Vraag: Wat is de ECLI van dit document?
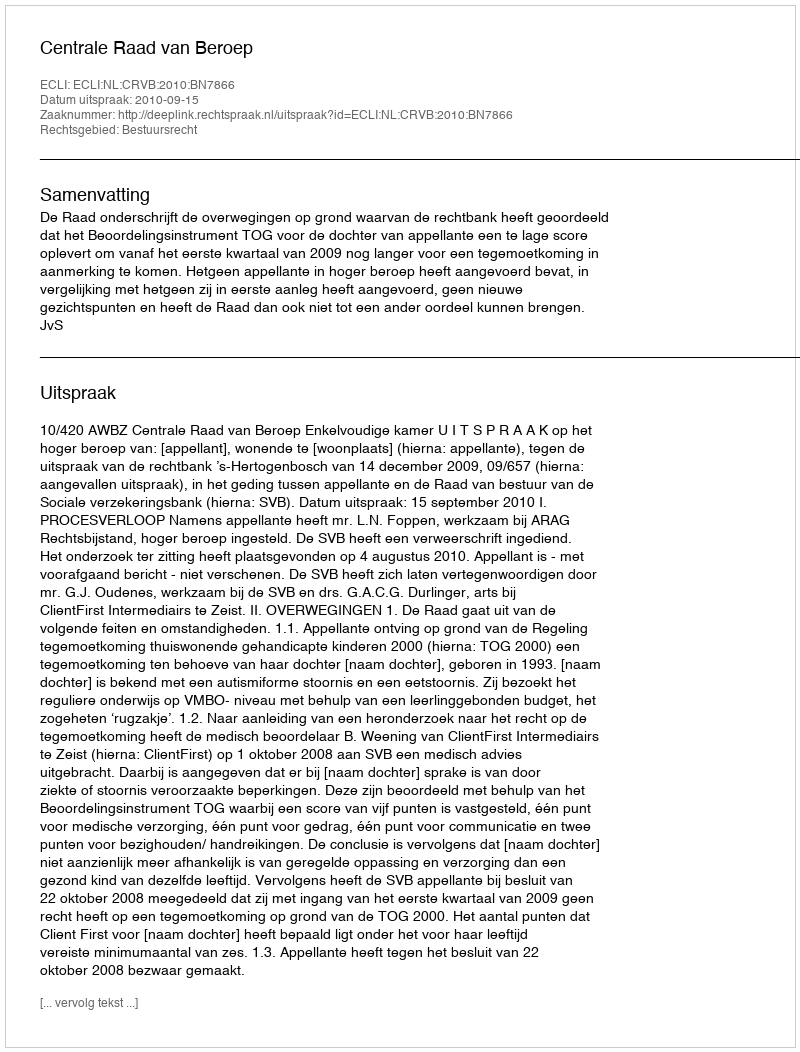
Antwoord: ECLI:NL:CRVB:2010:BN7866